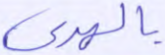
بالهدى